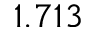
1 . 7 1 3